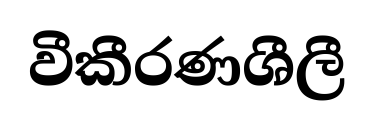
වීකීරණශීලී